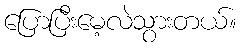
ပြောပြီးမေ့လဲသွားတယ်။